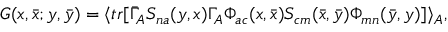
G ( x , \bar { x } ; y , \bar { y } ) = \langle t r [ \bar { \Gamma } _ { A } S _ { n a } ( y , x ) \Gamma _ { A } \Phi _ { a c } ( x , \bar { x } ) S _ { c m } ( \bar { x } , \bar { y } ) \Phi _ { m n } ( \bar { y } , y ) ] \rangle _ { A } ,